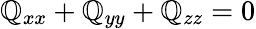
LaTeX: \mathbb{Q}_{xx}+\mathbb{Q}_{yy}+\mathbb{Q}_{zz}=0